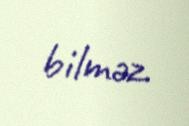
bilməz.